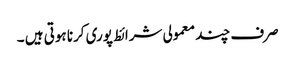
صرف چند معمولی شرائط پوری کرنا ہوتی ہیں ۔